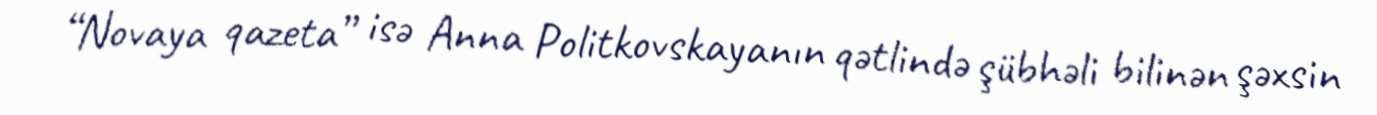
“Novaya qazeta” isə Anna Politkovskayanın qətlində şübhəli bilinən şəxsin